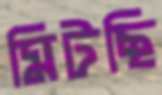
মিটছি